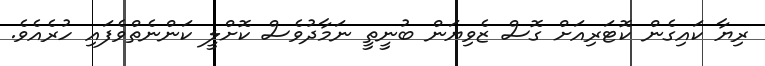
ރިޔާ ކައިގެން ކޮޓަރިއަށް ގޮސް ޒެވިޔަން ބުނީތީ ނަމާދުވެސް ކޮށްލީ ކަންނެތްވެފައި ހުރެއެވެ.